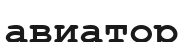
авиатор